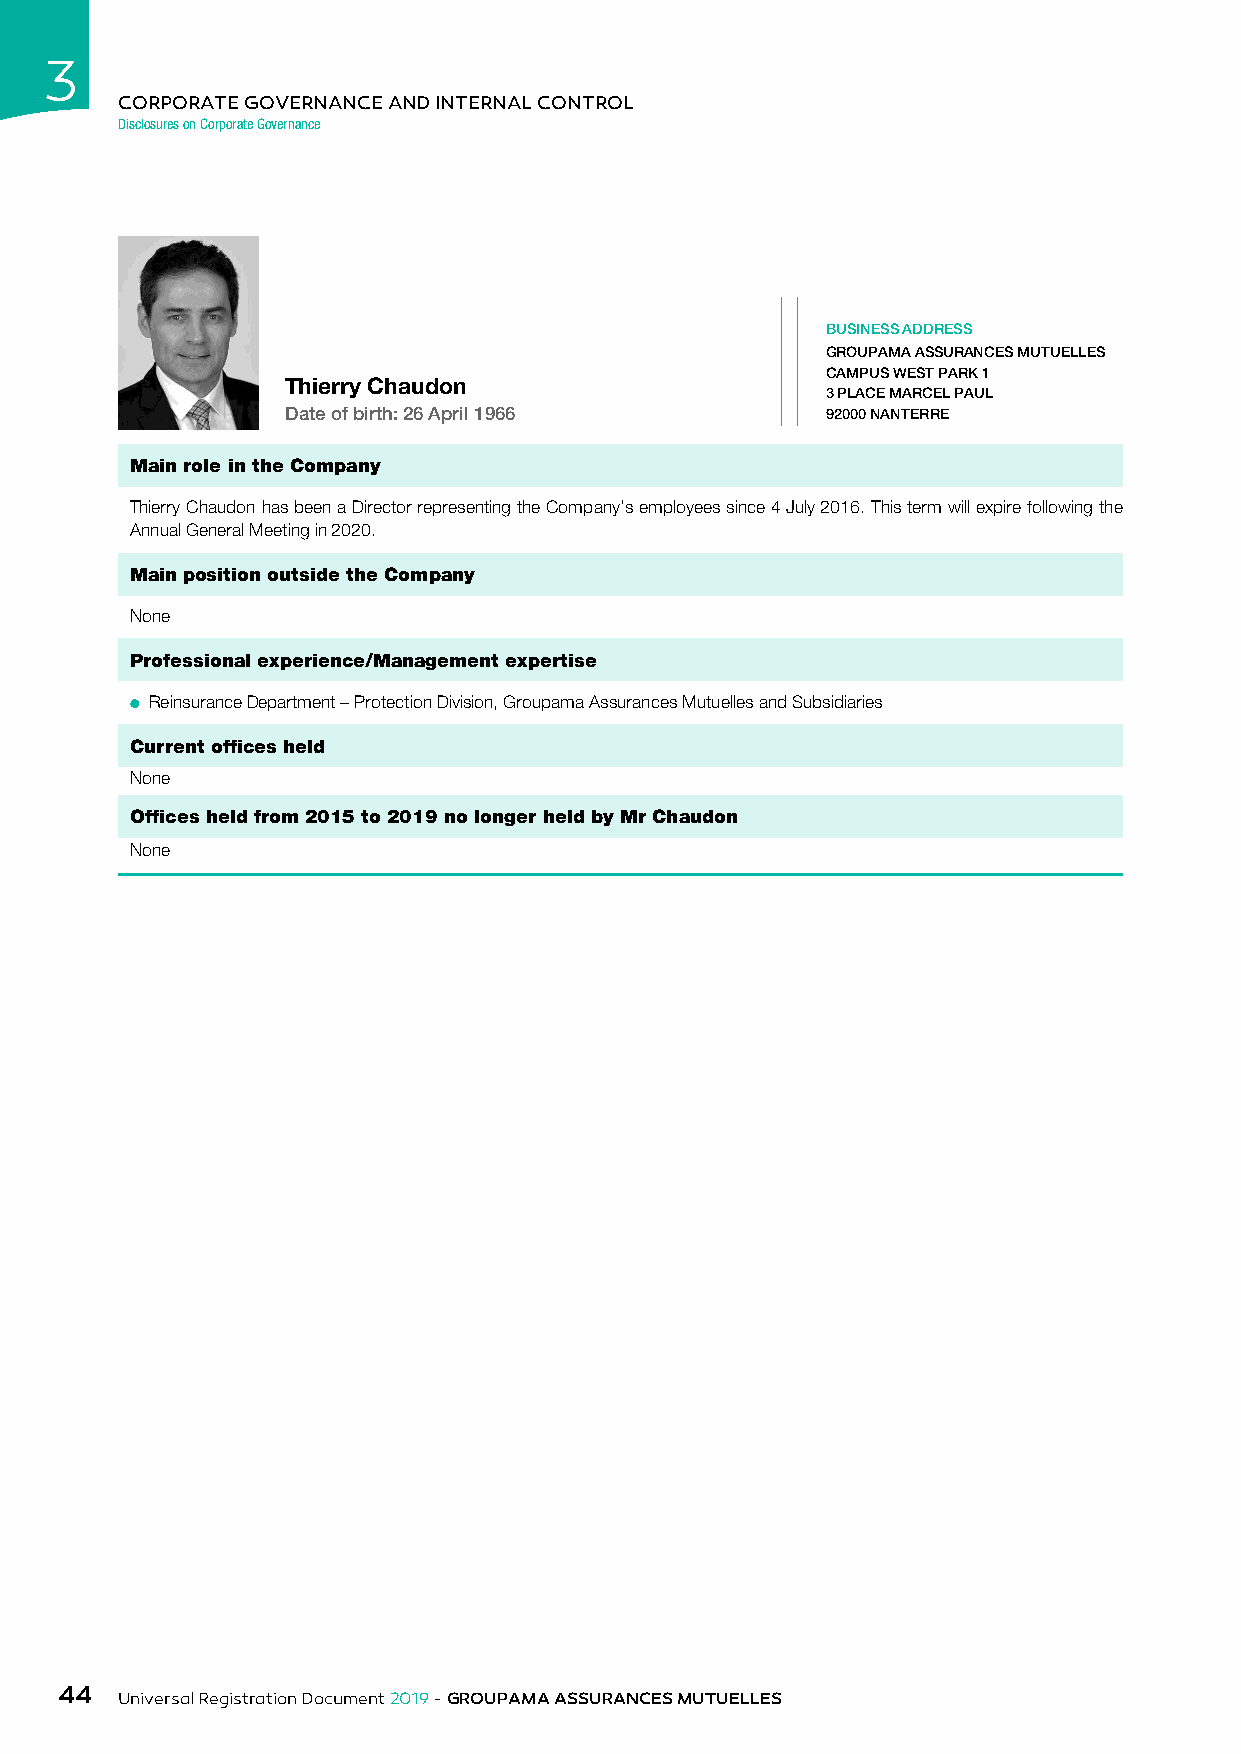
3
 CORPORATE GOVERNANCE AND INTERNAL CONTROL
 Disclosures on Corporate Governance
 BUSINESS ADDRESS
 GROUPAMA ASSURANCES MUTUELLES
 CAMPUS WEST PARK 1
 Thierry Chaudon
 3 PLACE MARCEL PAUL
 Date of birth: 26 April 1966        92000 NANTERRE
 Main role in the Company
 Thierry Chaudon has been a Director representing the Company’s employees since 4 July 2016. This term will expire following the
 Annual General Meeting in 2020.
 Main position outside the Company
 None
 Professional experience/Management expertise
 ● Reinsurance Department – Protection Division, Groupama Assurances Mutuelles and Subsidiaries
 Current offices held
 None
 Offices held from 2015 to 2019 no longer held by Mr Chaudon
 None
 44
 Universal Registration Document 2019 - GROUPAMA ASSURANCES MUTUELLES